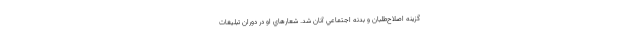
گزينه اصلاح‌طلبان و بدنه اجتماعي آنان شد. شعارهاي او در دوران تبليغات